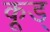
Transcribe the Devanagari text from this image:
कूड्